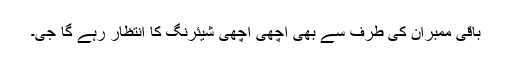
باقی ممبران کی طرف سے بھی اچھی اچھی شیئرنگ کا انتظار رہے گا جی۔